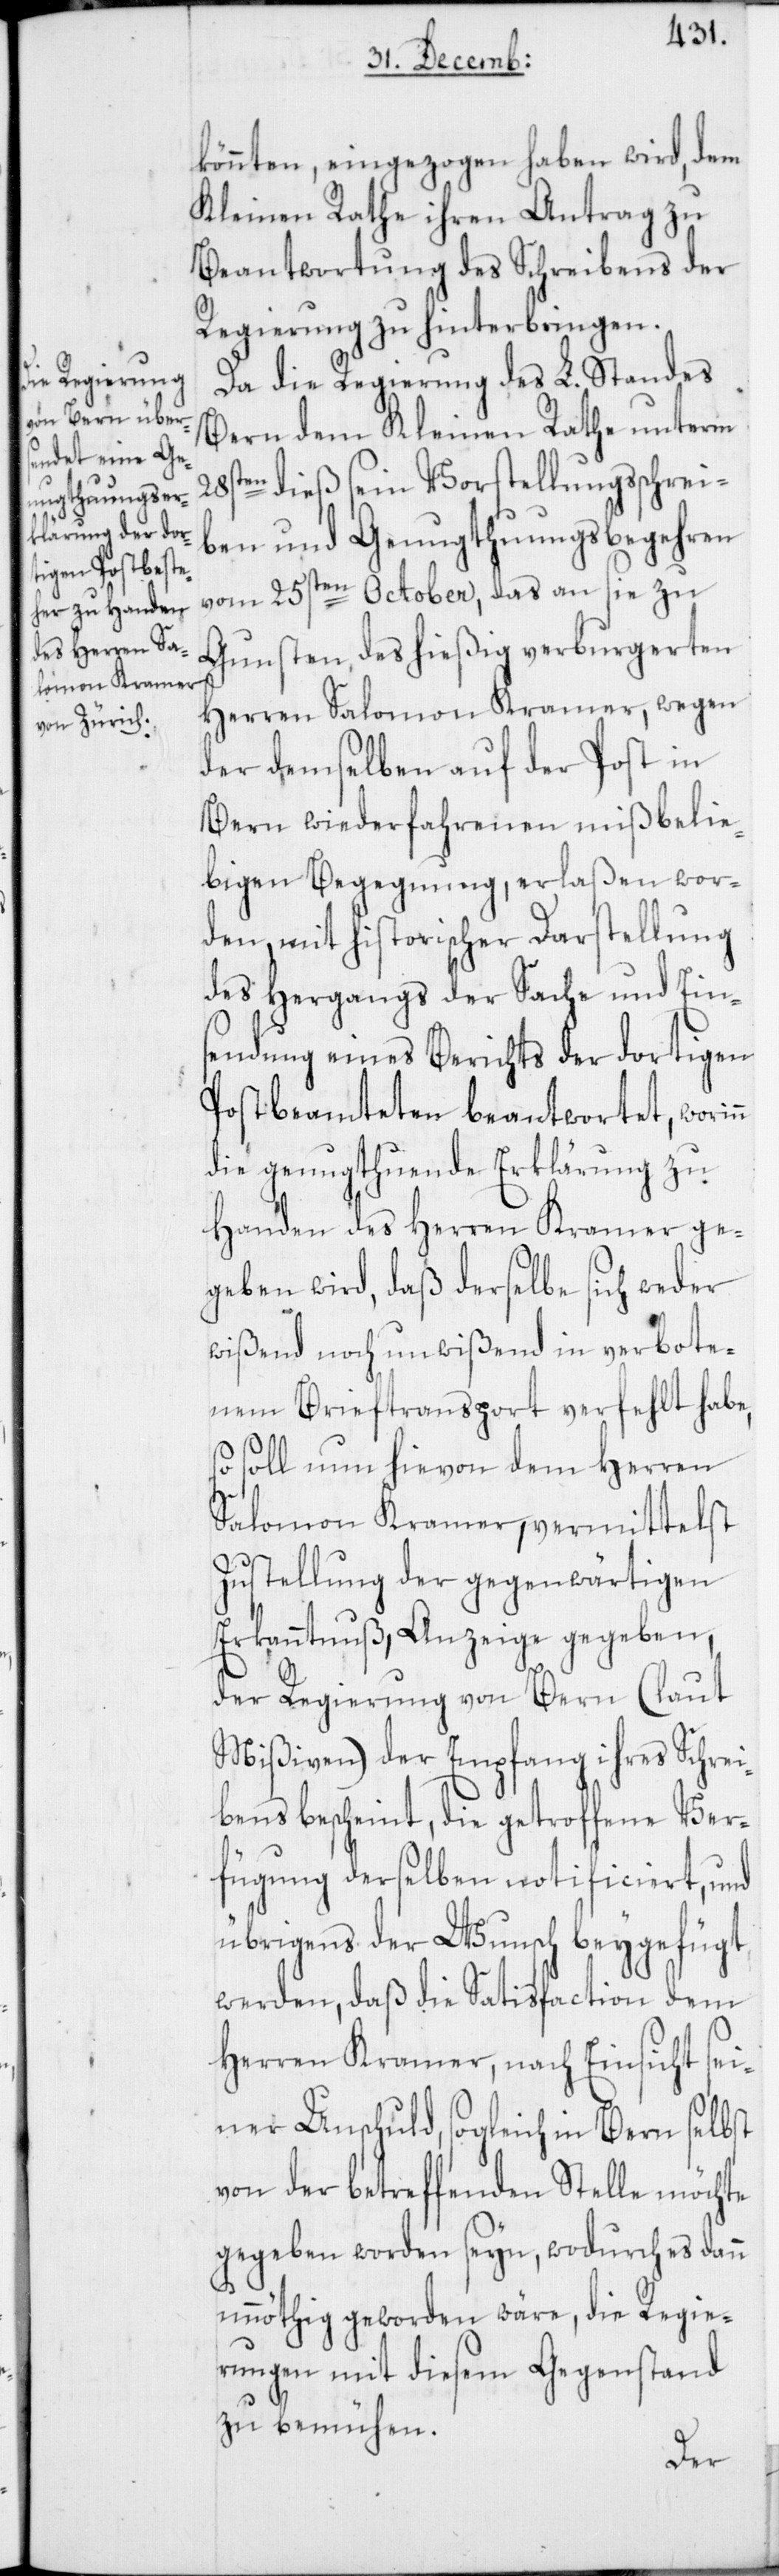
könnten, eingezogen haben wird, dem
Kleinen Rathe ihren Antrag zu
Beantwortung des Schreibens der
Regierung zu hinterbringen.
Da die Regierung des L. Standes
Bern dem Kleinen Rathe unterm
28sten dieß sein Vorstellungsschrei¬
ben und Genugthuungsbegehren
vom 25sten October, das an sie zu
Gunsten des hießig verburgerten
Herren Salomon Kramer, wegen
der demselben auf der Post in
Bern wiederfahrenen mißbelie¬
bigen Begegnung, erlaßen wor¬
den, mit historischer Darstellung
des Hergangs der Sache und Ein¬
sendung eines Berichts der dortigen
Postbeamteten beantwortet, worin¬
die genugthuende Erklärung zu
Handen des Herren Kramer ge¬
geben wird, daß derselbe sich weder
wißend noch unwißend in verbote¬
nem Brieftransport verfehlt habe,
so soll nun hievon dem Herren
Salomon Kramer, vermittelst
Zustellung der gegenwärtigen
Erkanntnuß, Anzeige gegeben,
der Regierung von Bern (laut
Mißiven) der Empfang ihres Schrei¬
bens bescheint, die getroffene Ver¬
fügung derselben notificiert, und
übrigens der Wunsch beygefügt
werden, daß die Satisfaction dem
Herren Kramer, nach Einsicht sei¬
ner Unschuld, sogleich in Bern selbst
von der betreffenden Stelle möchte
gegeben worden seyn, wodurch es dann
unnöthig geworden wäre, die Regie¬
rungen mit diesem Gegenstand
zu bemühen.
n